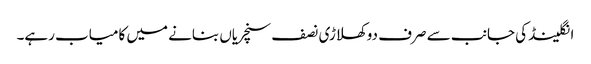
انگلینڈ کی جانب سے صرف دو کھلاڑی نصف سنچریاں بنانے میں کامیاب رہے۔